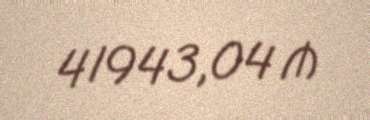
41943,04 ₼